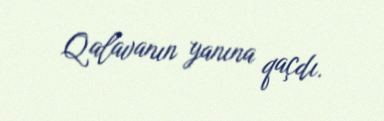
Qalavanın yanına qaçdı.